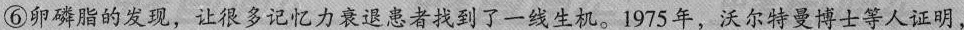
显减轻。⑥卵磷脂的发现，让很多记忆力衰退患者找到了一线生机。1975年，沃尔特曼博士等人证明，